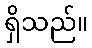
ရှိသည်။